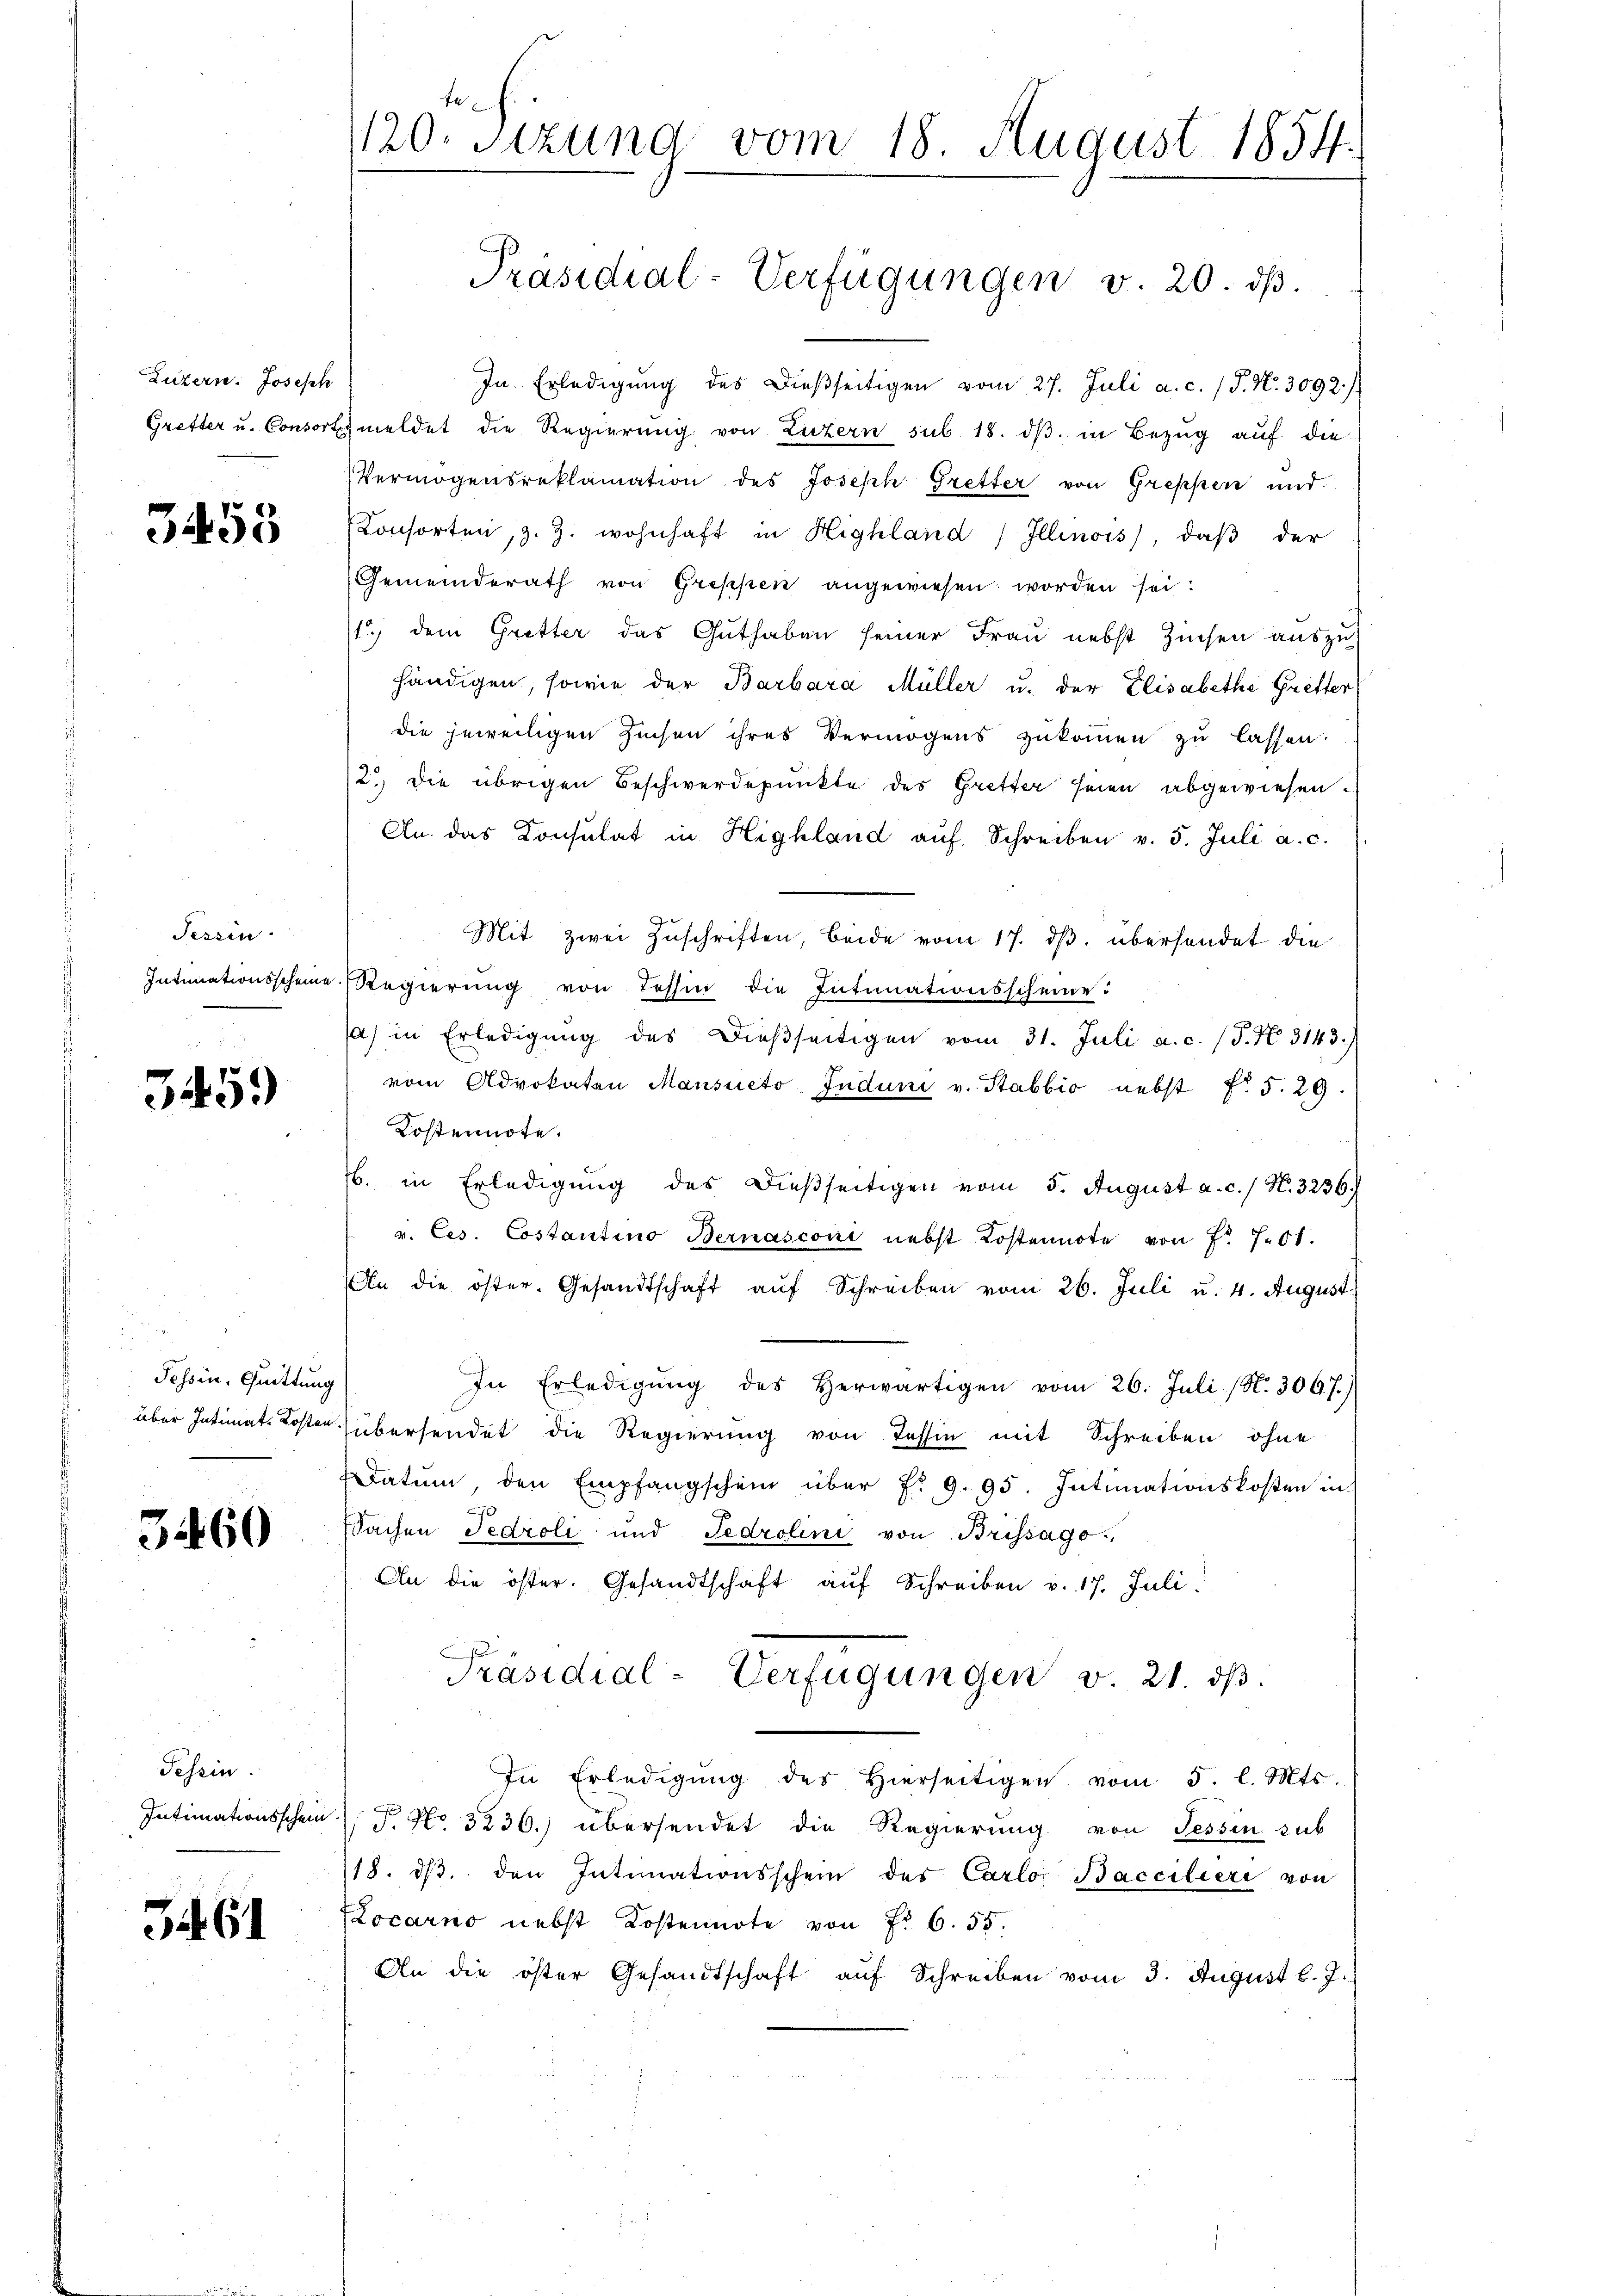
Luzern. Joseph

3455

Tessin.
Intimationsscheine.

3459)

.
Tessin. Quittung
über Intimat Kosten.

3460

Fesein.
Intimationsschein

3461

fe
120. Sitzung vom 18. August 1854.

In Erledigŭng des dießseitigen vom 27. Juli a. c. (T. N. 3092/
Gretter u. Consort meldet die Regierŭng von Luzern sub 18. dβ in Bezug auf die
Vermögensreklamation des Joseph Gretter von Greppen und
Konsorten, z. Z. wohnhaft in Highland Illinois, daβ der
Gemeinderath von Greppen angewiesen worden sei.
1) dem Gretter das Guthaben seiner Frau nebst Zinsen auszu-
händigen, sowie der Barbara Müller u. der Elisabetha Gretter
die jeweiligen Zinsen ihres Vermögens zŭkommen zŭ lassen.
2) Die übrigen Beschwerdepunkte des Gretter seien abgewiesen.
An. das Consulat in Highland aŭf Schreiben v. 5. Juli a. c.
Mit zwei Zuschriften, beide vom 17. dβ übersendet die
Regierung von Tessin die Intinationsscheine:
a) in Erledigŭng des dießseitigen vom 31. Juli a. c. (T. N. 3143.)
vom Advokaten Mansueto Juduni v. Stabbio nebst f. 5. 29.
Kostennote.
6. in Erledigŭng des dießseitigen vom 5. August a. c. / N. 3236.
v. Ces. Costantino Bernasconi nebst Kostennote von Fr. 701.
An die öster. Gesandtschaft aŭf Schreiben vom 26. Juli u. 4. August
In Erledigung des Herwärtigen vom 26. Juli (N. 309. J.)
übersendet die Regierung von Tessin mit Schreiben ohne
datum, den Empfangschein über f. 9. 95. Intimationskosten in
Sachen Pedroli und Tedrolini von Brissago
An die öster. Gesandtschaft auf Schreiben v. 17. Juli.
Präsidial-Verfügungen v. 21. dβ.
In Erledigŭng des hierseitigen vom 5. l. Mts.
F No 3236. übersendet die Regierung von Tessin sub
118. dβ. den Intimationsschein des Carlo Bacciliere von
Locarno nebst Kostennote von Fr. 655.
An die öster Gesandtschaft auf Schreiben vom 3. August l. J.

Präsidial-Verfügungen v. 20. ds.